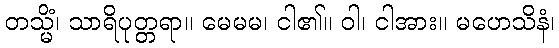
တသ္မိံ၊ သာရိပုတ္တရာ။ မေမမ၊ ငါ၏။ ဝါ၊ ငါအား။ မဟေသိနံ၊